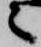
々